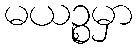
မယဉ္စမှာ